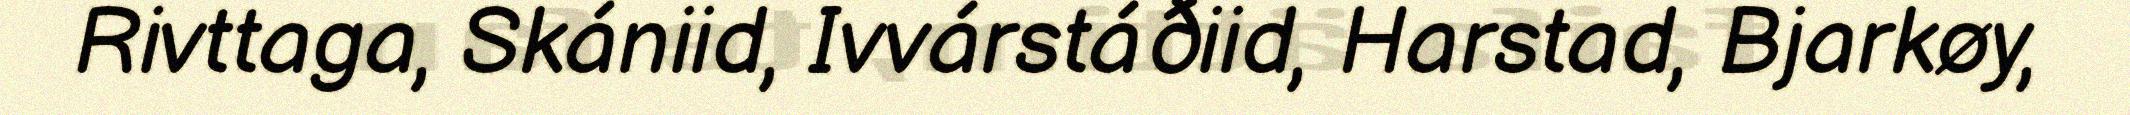
Rivttaga, Skániid, Ivvárstáðiid, Harstad, Bjarkøy,